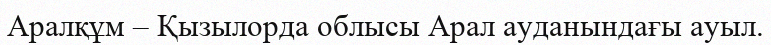
Аралқұм – Қызылорда облысы Арал ауданындағы ауыл.